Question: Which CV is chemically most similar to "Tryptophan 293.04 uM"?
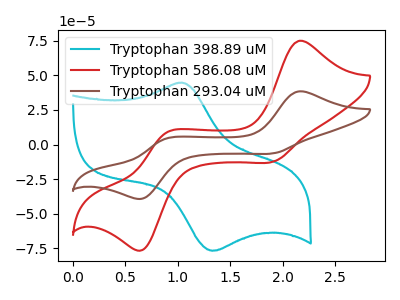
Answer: <think>The cyan curve "Tryptophan 398.89 uM" has an anodic peak at (1.05V, 44.80uA) and a cathodic peak at (1.35V, -76.80uA). The red curve "Tryptophan 586.08 uM" has anodic peaks at (2.15V, 75.00uA) (0.90V, 8.55uA) and cathodic peaks at (1.90V, -12.10uA) (0.65V, -76.10uA). The brown curve "Tryptophan 293.04 uM" has anodic peaks at (2.15V, 38.45uA) (0.90V, 4.40uA) and cathodic peaks at (1.90V, -6.20uA) (0.65V, -39.00uA).
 "Tryptophan 398.89 uM" and "Tryptophan 586.08 uM" have a different number of peaks. "Tryptophan 398.89 uM" and "Tryptophan 293.04 uM" have a different number of peaks. All the peaks in "Tryptophan 586.08 uM" have a peak in "Tryptophan 293.04 uM" at the same potential. Every peak in "Tryptophan 586.08 uM" is higher than every peak in "Tryptophan 293.04 uM".</think>
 <answer>The CV with the most similar shape to "Tryptophan 586.08 uM" is "Tryptophan 293.04 uM".</answer>
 <eval>"Tryptophan 293.04 uM"</eval>